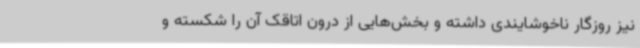
نیز روزگار ناخوشایندی داشته و بخش‌هایی از درون اتاقک آن را شکسته و